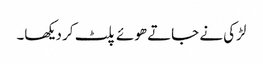
لڑکی نے جاتے ھوئے پلٹ کر دیکھا۔